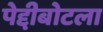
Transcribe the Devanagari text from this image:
पेद्दीबोटला